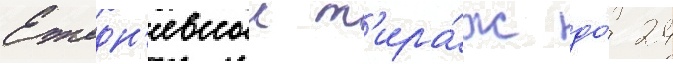
Ежедн'евныи т'ира́ж до́ 24